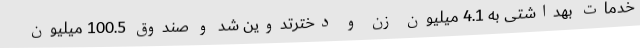
خدمات بهداشتی به 4.1 میلیون زن و دخترتدوین شد و صندوق 100.5 میلیون